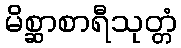
မိစ္ဆာစာရီသုတ္တံ